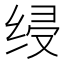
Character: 𰬞